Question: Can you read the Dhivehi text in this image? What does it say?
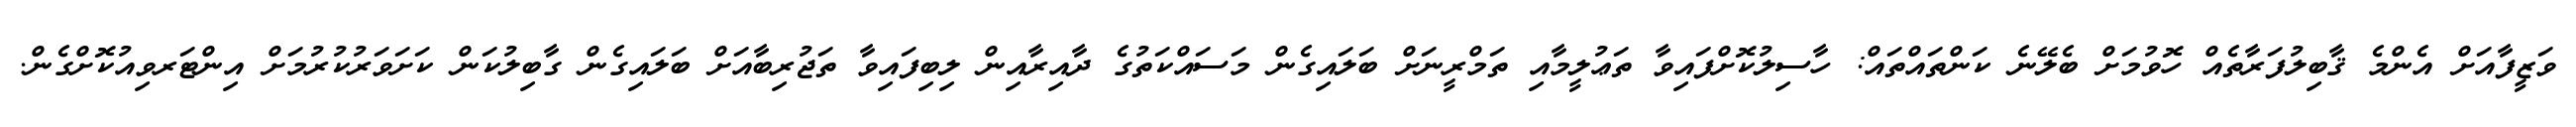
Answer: ވަޒީފާއަށް އެންމެ ޤާބިލުފަރާތެއް ހޮވުމަށް ބެލޭނެ ކަންތައްތައް: ހާސިލުކޮށްފައިވާ ތަޢުލީމާއި ތަމްރީނަށް ބަލައިގެން މަސައްކަތުގެ ދާއިރާއިން ލިބިފައިވާ ތަޖުރިބާއަށް ބަލައިގެން ގާބިލުކަން ކަށަވަރުކުރުމަށް އިންޓަރވިއުކޮށްގެން.